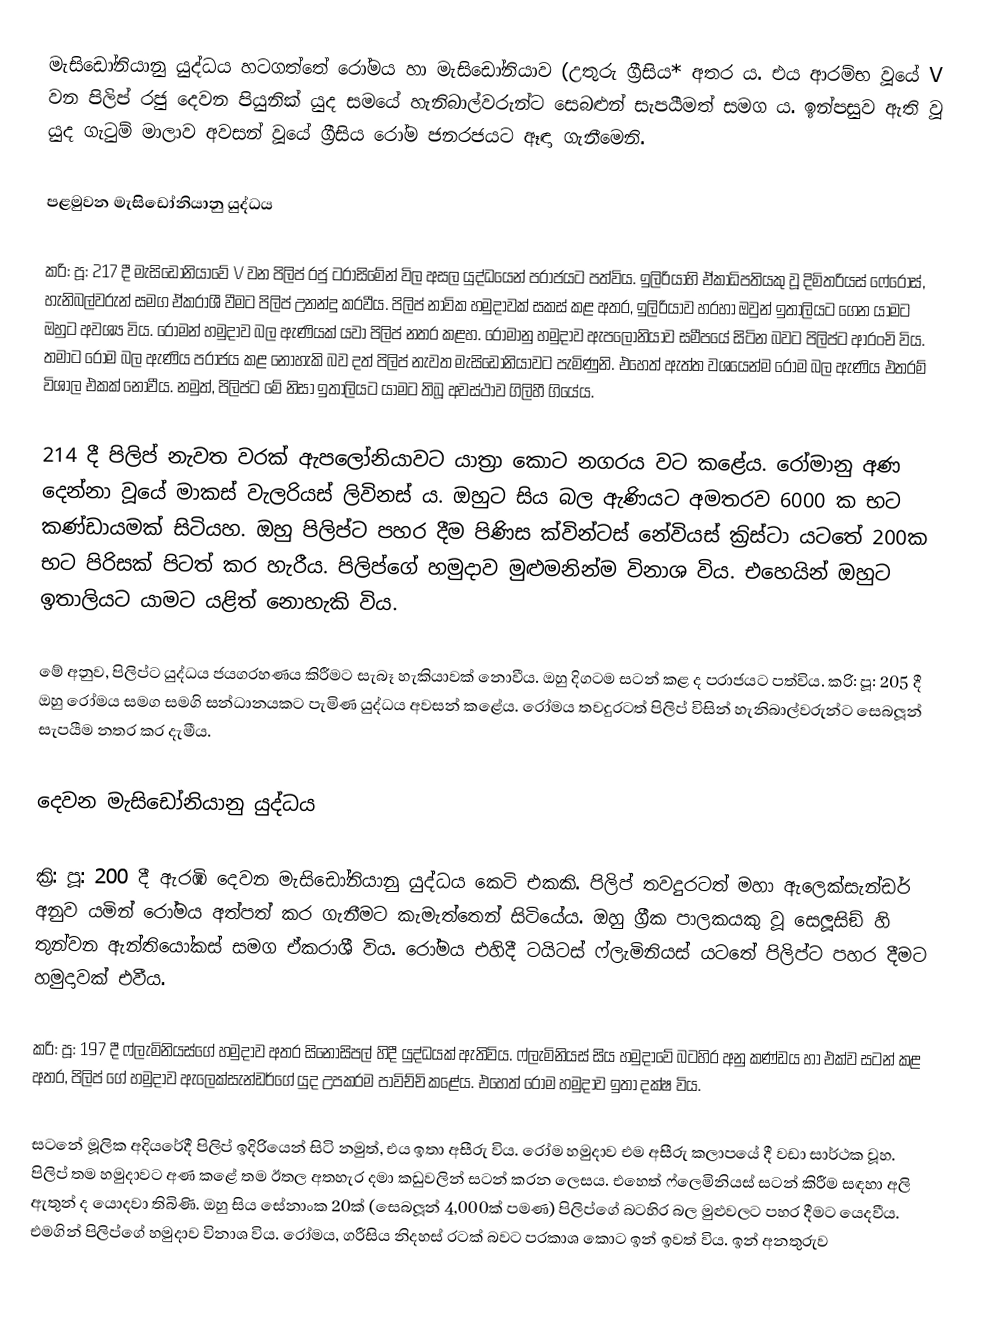
මැසිඩෝනියානු යුද්ධය හටගත්තේ රෝමය හා මැසිඩෝනියාව (උතුරු ග‍්‍රීසිය* අතර ය. එය ආරම්භ වූයේ V වන පිලිප් රජු දෙවන පියුනික් යුද සමයේ හැනිබාල්වරුන්ට සෙබළුන් සැපයීමත් සමග ය. ඉන්පසුව ඇති වූ යුද ගැටුම් මාලාව අවසන් වූයේ ග‍්‍රීසිය රෝම ජනරජයට ඈඳා ගැනීමෙනි.

පළමුවන මැසිඩෝනියානු යුද්ධය

ක‍්‍රි: පූ: 217 දී මැසිඩෝනියාවේ V වන පිලිප් රජු ට‍්‍රාසිමේන් විල අසල යුද්ධයෙන් පරාජයට පත්විය. ඉලිරියාහි ඒකාධිපතියකු වූ දිමිත‍්‍රියස් ෆේරෝස්, හැනිබල්වරුන් සමග ඒකරාශී වීමට පිලිප් උනන්දු කරවීය. පිලිප් නාවික හමුදාවක් සකස් කළ අතර, ඉලිරියාව හරහා ඔවුන් ඉතාලියට ගෙන යාමට ඔහුට අවශ්‍ය විය. රෝමන් හමුදාව බල ඇණියක් යවා පිලිප් නතර කළහ. රෝමානු හමුදාව ඇපලෝනියාව සමීපයේ සිටින බවට පිලිප්ට ආරංචි විය. තමාට රෝම බල ඇණිය පරාජය කළ නොහැකි බව දත් පිලිප් නැවත මැසිඩෝනියාවට පැමිණුනි. එහෙත් ඇත්ත වශයෙන්ම රෝම බල ඇණිය එතරම් විශාල එකක් නොවීය. නමුත්, පිලිප්ට මේ නිසා ඉතාලියට යාමට තිබූ අවස්ථාව ගිලිහී ගියේය.

214 දී පිලිප් නැවත වරක් ඇපලෝනියාවට යාත‍්‍රා කොට නගරය වට කළේය. රෝමානු අණ දෙන්නා වූයේ මාකස් වැලරියස් ලිවිනස් ය. ඔහුට සිය බල ඇණියට අමතරව 6000 ක භට කණ්ඩායමක් සිටියහ. ඔහු පිලිප්ට පහර දීම පිණිස ක්වින්ටස් නේවියස් ක‍්‍රිස්ටා යටතේ 200ක භට පිරිසක් පිටත් කර හැරීය. පිලිප්ගේ හමුදාව මුළුමනින්ම විනාශ විය. එහෙයින් ඔහුට ඉතාලියට යාමට යළිත් නොහැකි විය.

මේ අනුව, පිලිප්ට යුද්ධය ජයග‍්‍රහණය කිරීමට සැබෑ හැකියාවක් නොවීය. ඔහු දිගටම සටන් කළ ද පරාජයට පත්විය. ක‍්‍රි: පූ: 205 දී ඔහු රෝමය සමග සමගි සන්ධානයකට පැමිණ යුද්ධය අවසන් කළේය. රෝමය තවදුරටත් පිලිප් විසින් හැනිබාල්වරුන්ට සෙබලූන් සැපයීම නතර කර දැමීය.

දෙවන මැසිඩෝනියානු යුද්ධය

ක‍්‍රි: පූ: 200 දී ඇරඹි දෙවන මැසිඩෝනියානු යුද්ධය කෙටි එකකි. පිලිප් තවදුරටත් මහා ඇලෙක්සැන්ඩර් අනුව යමින් රෝමය අත්පත් කර ගැනීමට කැමැත්තෙන් සිටියේය. ඔහු ග‍්‍රීක පාලකයකු වූ සෙලූසිඞ් හි තුන්වන ඇන්තියෝකස් සමග ඒකරාශී විය. රෝමය එහිදී ටයිටස් ෆ්ලැමිනියස් යටතේ පිලිප්ට පහර දීමට හමුදාවක් එවීය.

ක‍්‍රි: පූ: 197 දී ෆ්ලැමිනියස්ගේ හමුදාව අතර සිනොසිපල් හිදී යුද්ධයක් ඇතිවිය. ෆ්ලැමිනියස් සිය හමුදාවේ බටහිර අනු කණ්ඩය හා එක්ව සටන් කළ අතර, පිලිප් ගේ හමුදාව ඇලෙක්සැන්ඩර්ගේ යුද උපක‍්‍රම පාවිච්චි කළේය. එහෙත් රෝම හමුදාව ඉතා දක්ෂ විය.

සටනේ මූලික අදියරේදී පිලිප් ඉදිරියෙන් සිටි නමුත්, එය ඉතා අසීරු විය. රෝම හමුදාව එම අසීරු කලාපයේ දී වඩා සාර්ථක වූහ. පිලිප් තම හමුදාවට අණ කළේ තම ඊතල අතහැර දමා කඩුවලින් සටන් කරන ලෙසය. එහෙත් ෆ්ලෙමිනියස් සටන් කිරීම සඳහා අලි ඇතුන් ද යොදවා තිබිණි. ඔහු සිය සේනාංක 20ක් (සෙබලූන් 4,000ක් පමණ) පිලිප්ගේ බටහිර බල මුළුවලට පහර දීමට යෙදවීය. එමගින් පිලිප්ගේ හමුදාව විනාශ විය. රෝමය, ග‍්‍රීසිය නිදහස් රටක් බවට ප‍්‍රකාශ කොට ඉන් ඉවත් විය. ඉන් අනතුරුව